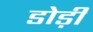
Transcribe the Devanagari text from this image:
डोड़ी